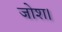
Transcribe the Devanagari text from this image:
जोश।